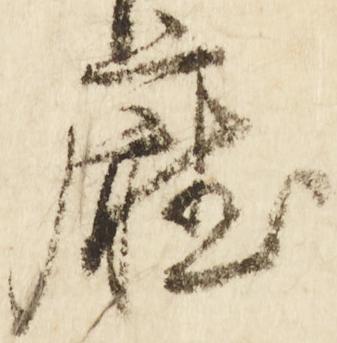
庁